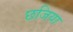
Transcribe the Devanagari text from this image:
छजिया